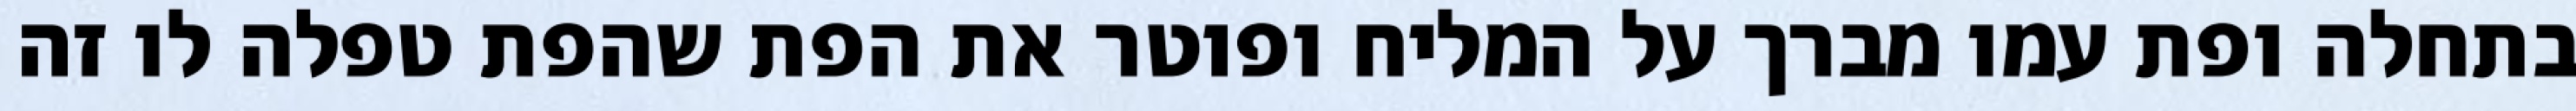
בתחלה ופת עמו מברך על המליח ופוטר את הפת שהפת טפלה לו זה